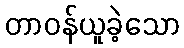
တာဝန်ယူခဲ့သော